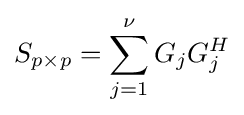
S_{p\times p}=\sum _{j=1}^{\nu }G_{j}G_{j}^{H}